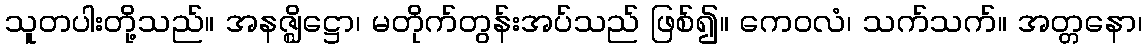
သူတပါးတို့သည်။ အနဇ္ဈိဋ္ဌော၊ မတိုက်တွန်းအပ်သည် ဖြစ်၍။ ကေဝလံ၊ သက်သက်။ အတ္တနော၊